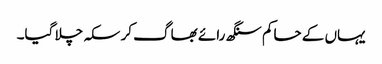
یہاں کے حاکم سنگھ رائے بھاگ کر سکہ چلا گیا۔